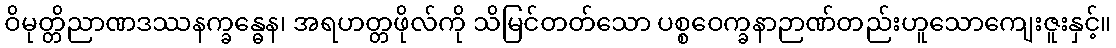
ဝိမုတ္တိညာဏဒဿနက္ခန္ဓေန၊ အရဟတ္တဖိုလ်ကို သိမြင်တတ်သော ပစ္စဝေက္ခနာဉာဏ်တည်းဟူသောကျေးဇူးနှင့်။